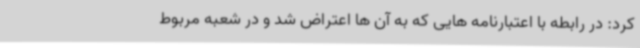
کرد: در رابطه با اعتبارنامه هایی که به آن ها اعتراض شد و در شعبه مربوط